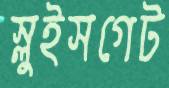
স্লুইসগেট